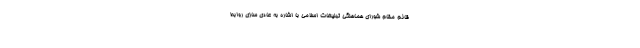
قائم مقام شورای هماهنگی تبلیغات اسلامی با اشاره به عادی سازی روابط